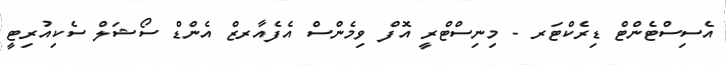
އެސިސްޓެންޓް ޑިރެކްޓަރ - މިނިސްޓްރީ އޮފް ވިމެންސް އެފެއާރޒް އެންޑް ސޯޝަލް ސެކިއުރިޓީ